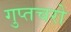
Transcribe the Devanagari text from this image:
गुप्‍तचरो